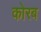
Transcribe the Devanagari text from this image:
कोरब